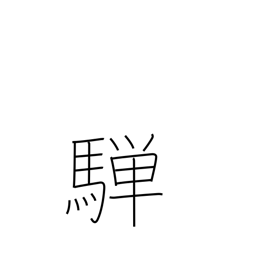
Meaning: dappled grey horse